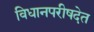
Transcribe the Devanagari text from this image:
विधानपरीषदेत